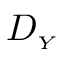
D _ { \scriptscriptstyle { Y } }